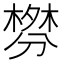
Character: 𰅃